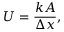
{ \big . } U = { \frac { k A } { \Delta x } } , \quad